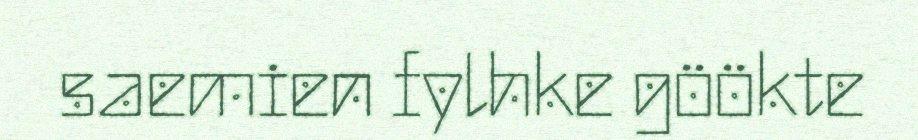
saemien fylhke göökte